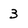
Character: 3